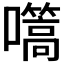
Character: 𭌬